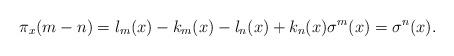
LaTeX: \begin{align*}\pi_x(m-n)=l_m(x) - k_m(x) - l_n(x) + k_n(x) \sigma^m(x)=\sigma^n(x).\end{align*}